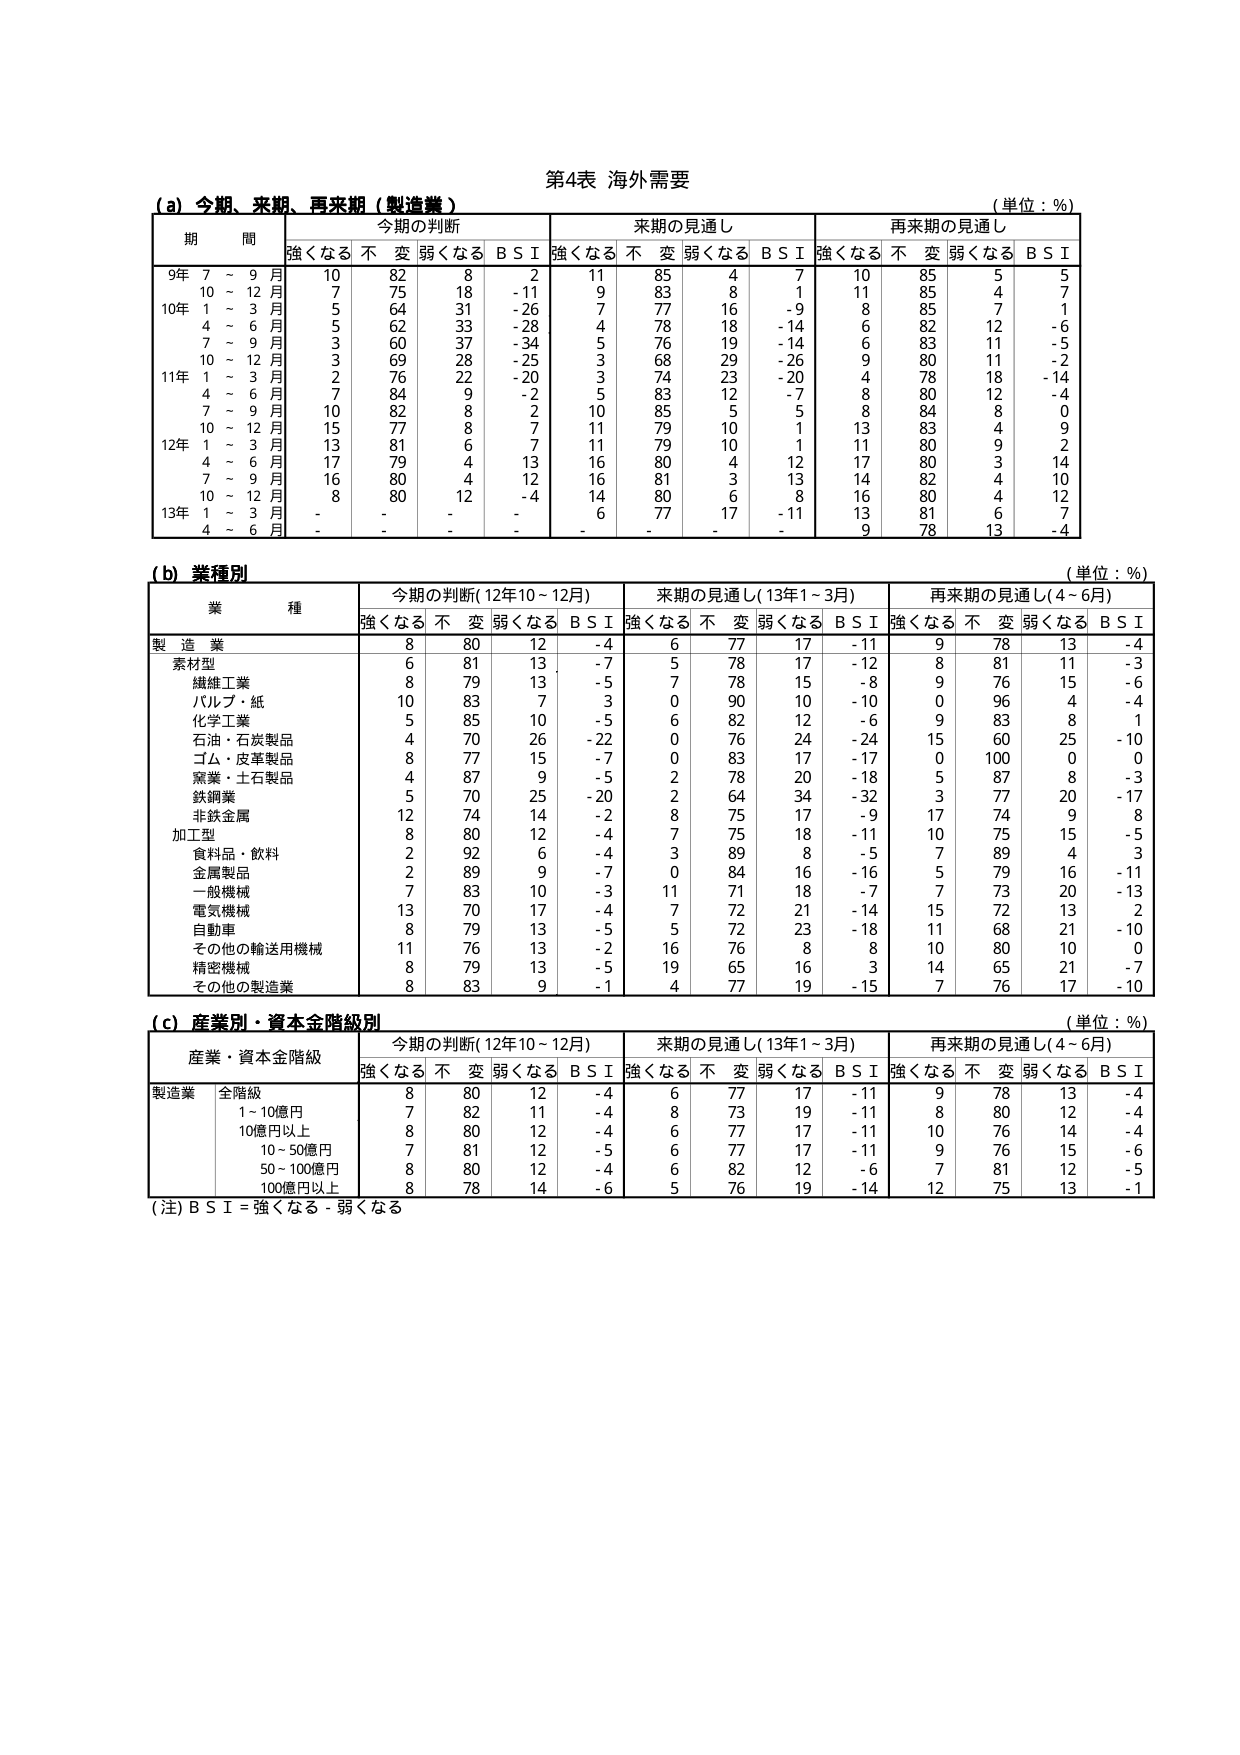
第4表 海外需要

(a) 今期、来期、再来期（製造業）
（単位：%）

期 間 今期の判断 来期の見通し 再来期の見通し
強くなる 不変 弱くなる B S I 強くなる 不変 弱くなる B S I 強くなる 不変 弱くなる B S I

9年 7～9月 10 82 8 2 11 85 4 7 10 85 5 5
10～12月 7 75 18 -11 9 83 8 1 11 85 4 7
10年 1～3月 5 64 31 -26 7 77 16 -9 8 85 7 1
4～6月 5 62 33 -28 4 78 18 -14 6 82 12 -6
7～9月 3 60 37 -34 5 76 19 -14 6 83 11 -5
10～12月 3 69 28 -25 3 68 29 -26 9 80 11 -2
11年 1～3月 2 76 22 -20 3 74 23 -20 4 78 18 -14
4～6月 7 84 9 -2 5 83 12 -7 8 80 12 -4
7～9月 10 82 8 2 10 85 5 5 8 84 8 0
10～12月 15 77 8 7 11 79 10 1 13 83 4 9
12年 1～3月 13 81 6 7 11 79 10 1 11 80 9 2
4～6月 17 79 4 13 16 80 4 12 17 80 3 14
7～9月 16 80 4 12 16 81 3 13 14 82 4 10
10～12月 8 80 12 -4 14 80 6 8 16 80 4 12
13年 1～3月 - - - - 6 77 17 -11 13 81 6 7
4～6月 - - - - - - - - 9 78 13 -4

(b) 業種別
（単位：%）

業 種 今期の判断（12年10～12月） 来期の見通し（13年1～3月） 再来期の見通し（4～6月）
強くなる 不変 弱くなる B S I 強くなる 不変 弱くなる B S I 強くなる 不変 弱くなる B S I

製造業 8 80 12 -4 6 77 17 -11 9 78 13 -4
素材型 6 81 13 -7 5 78 17 -12 8 81 11 -3
繊維工業 8 79 13 -5 7 78 15 -8 9 76 15 -6
パルプ・紙 10 83 7 3 0 90 10 -10 0 96 4 -4
化学工業 5 85 10 -5 6 82 12 -6 9 83 8 1
石油・石炭製品 4 70 26 -22 0 76 24 -24 15 60 25 -10
ゴム・皮革製品 8 77 15 -7 0 83 17 -17 0 100 0 0
窯業・土石製品 4 87 9 -5 2 78 20 -18 5 87 8 -3
鉄鋼業 5 70 25 -20 2 64 34 -32 3 77 20 -17
非鉄金属 12 74 14 -2 8 75 17 -9 17 74 9 8
加工型 8 80 12 -4 7 75 18 -11 10 75 15 -5
食料品・飲料 2 92 6 -4 3 89 8 -5 7 89 4 3
金属製品 2 89 9 -7 0 84 16 -16 5 79 16 -11
一般機械 7 83 10 -3 11 71 18 -7 7 73 20 -13
電気機械 13 70 17 -4 7 72 21 -14 15 72 13 2
自動車 8 79 13 -5 5 72 23 -18 11 68 21 -10
その他の輸送用機械 11 76 13 -2 16 76 8 8 10 80 10 0
精密機械 8 79 13 -5 19 65 16 3 14 65 21 -7
その他の製造業 8 83 9 -1 4 77 19 -15 7 76 17 -10

(c) 産業別・資本金階級別
（単位：%）

産業・資本金階級 今期の判断（12年10～12月） 来期の見通し（13年1～3月） 再来期の見通し（4～6月）
強くなる 不変 弱くなる B S I 強くなる 不変 弱くなる B S I 強くなる 不変 弱くなる B S I

製造業 全階級 8 80 12 -4 6 77 17 -11 9 78 13 -4
1～10億円 7 82 11 -4 8 73 19 -11 8 80 12 -4
10億円以上 8 80 12 -4 6 77 17 -11 10 76 14 -4
10～50億円 7 81 12 -5 6 77 17 -11 9 76 15 -6
50～100億円 8 80 12 -4 6 82 12 -6 7 81 12 -5
100億円以上 8 78 14 -6 5 76 19 -14 12 75 13 -1

(注) B S I = 強くなる - 弱くなる